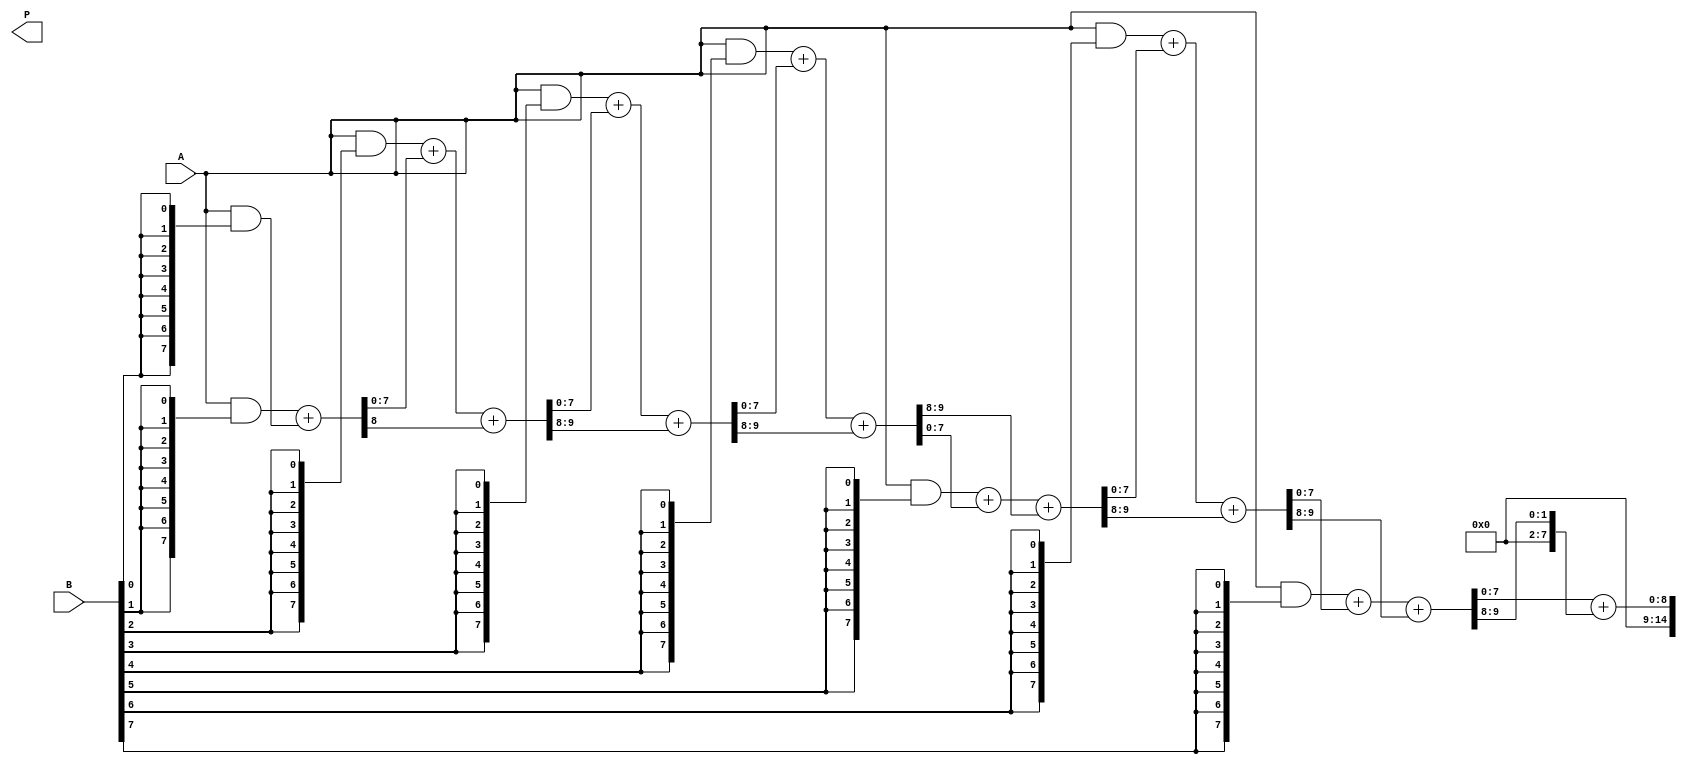
module FixedPointWallaceTreeMultiplier #(parameter N = 8) (
    input  [N-1:0] A,   // Fixed-point input A
    input  [N-1:0] B,   // Fixed-point input B
    output [2*N-1:0] P  // Fixed-point output P
);

    // Partial product generation
    wire [N-1:0] pp [0:N-1]; // Partial products

    genvar i, j;
    generate
        for (i = 0; i < N; i = i + 1) begin : partial_product_gen
            assign pp[i] = A & {N{B[i]}}; // AND operation for partial products
        end
    endgenerate

    // Wallace tree reduction
    wire [N-1:0] sum [0:N-1]; // Sums at each stage
    wire [N-1:0] carry [0:N-1]; // Carries at each stage
    wire [N-1:0] final_sum, final_carry;

    // Stage-wise reduction
    generate
        for (i = 0; i < N; i = i + 1) begin : reduction
            if (i == 0) begin
                assign sum[i] = pp[i];
                assign carry[i] = 0;
            end else if (i == 1) begin
                // First reduction stage
                assign {carry[i], sum[i]} = pp[i] + pp[i-1];
            end else begin
                // Subsequent reduction stages
                assign {carry[i], sum[i]} = pp[i] + sum[i-1] + carry[i-1];
            end
        end
    endgenerate

    // Final addition using a simple adder
    wire [2*N-2:0] final_result;
    assign final_result = sum[N-1] + carry[N-1];

    assign P = final_result[2*N-1:0]; // Final product output

endmodule